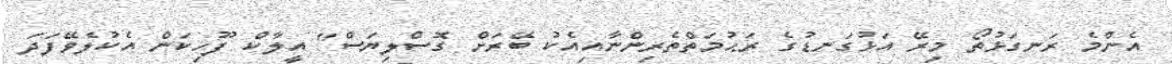
އެންމެ ރަނގަޅުތޯ މިރޭ އަޅުގަނޑުގެ ރަޙުމަތްތެރިންނާއިއެކު ބޭރަށް ގޮސްލިޔަސް" އީލާކް ފޫހިކަން އެކުލެވޭފަދަ